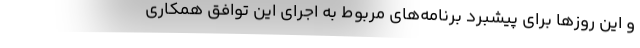
و این روزها برای پیشبرد برنامه‌های مربوط به اجرای این توافق همکاری